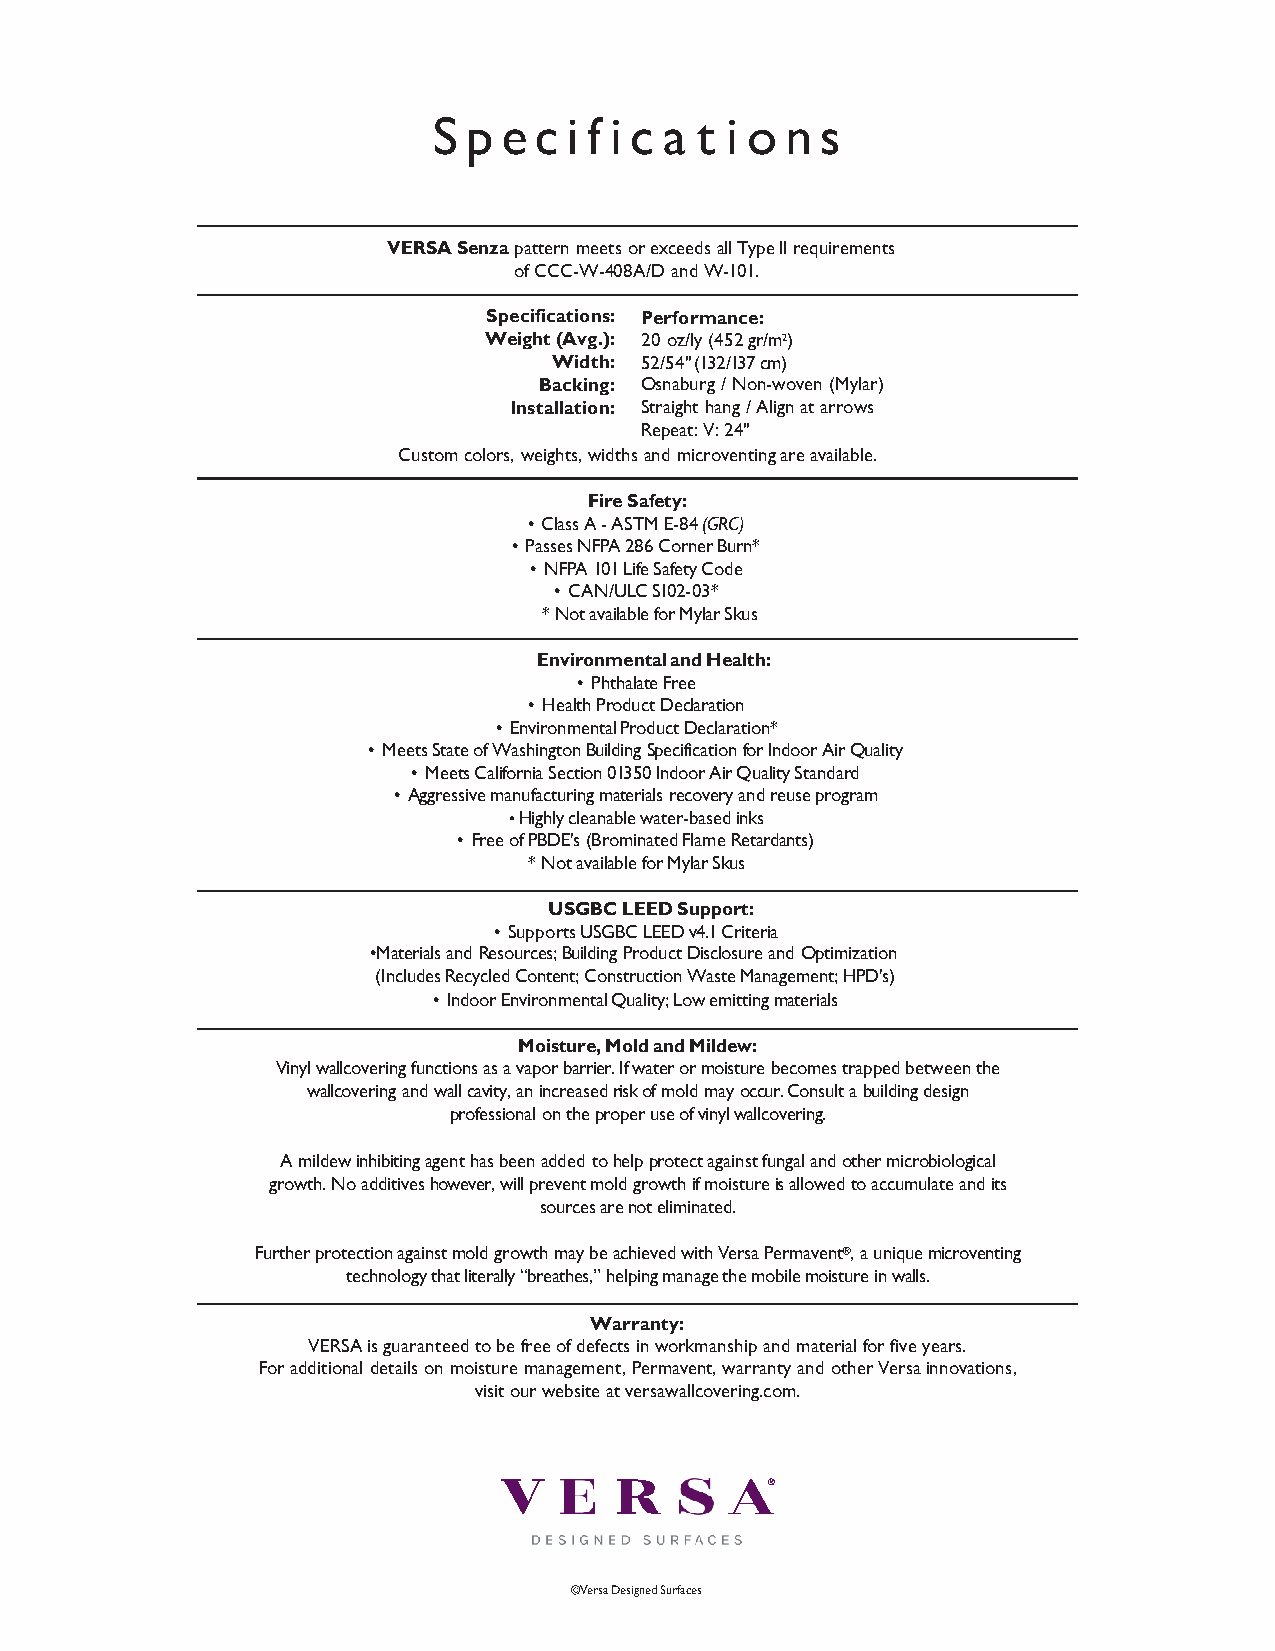
S p e c  i f i c a t i o n s
 VERSASenzapattern meets orexceedsallTypeIIrequirements
 ofCCC-W-408A/DandW-101.
 Specifications: Performance:
 Weight(Avg.): 20 oz/ly(452gr/m2)
 Width: 52/54"(132/137cm)
 Backing: Osnaburg/Non-woven (Mylar)
 Installation: Straight hang/Alignatarrows
 Repeat:V:24"
 Customcolors, weights,widthsand microventingareavailable.
 FireSafety:
 • ClassA-ASTME-84(GRC)
 • PassesNFPA286CornerBurn*
 • NFPA101LifeSafetyCode
 • CAN/ULCS102-03*
 * NotavailableforMylarSkus
 EnvironmentalandHealth:
 • PhthalateFree
 • HealthProductDeclaration
 • EnvironmentalProductDeclaration*
 • MeetsStateofWashingtonBuildingSpecificationfor IndoorAirQuality
 • MeetsCaliforniaSection01350IndoorAirQualityStandard
 • Aggressivemanufacturingmaterialsrecoveryandreuseprogram
 •Highlycleanablewater-basedinks
 • FreeofPBDE's(BrominatedFlameRetardants)
 *NotavailableforMylarSkus
 USGBCLEEDSupport:
 • SupportsUSGBCLEEDv4.1Criteria
 •Materials and Resources; Building Product Disclosure and Optimization
 (IncludesRecycledContent;ConstructionWasteManagement;HPD's)
 • IndoorEnvironmentalQuality;Lowemittingmaterials
 Moisture,MoldandMildew:
 Vinyl wallcovering functions as a vapor barrier. If water or moisture becomes trapped between the
 wallcovering and wall cavity, an increased risk of mold may occur. Consult a building design
 professional ontheproperuseofvinylwallcovering.
 A mildew inhibiting agent has been added to help protect against fungal and other microbiological
 growth. No additives however, will prevent mold growth if moisture is allowed to accumulate and its
 sourcesarenoteliminated.
 Further protection against mold growth may be achieved with Versa Permavent®, a unique microventing
 technologythatliterally“breathes,”helpingmanagethemobilemoistureinwalls.
 Warranty:
 VERSAisguaranteed tobefreeofdefectsinworkmanshipand materialforfiveyears.
 Foradditional details onmoisturemanagement,Permavent,warrantyandotherVersainnovations,
 visitourwebsiteatversawallcovering.com.
 ©VersaDesignedSurfaces